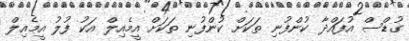
ގުޑްސް އުފައްދާ ކުންފުނި ތަކަށް ކުންފުނި ތަކަށް އީމެއިލް އަކު ފުލު އީމެއިލް